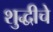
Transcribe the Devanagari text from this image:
शुद्धीचे